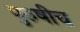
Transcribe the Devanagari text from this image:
पुरुषीच